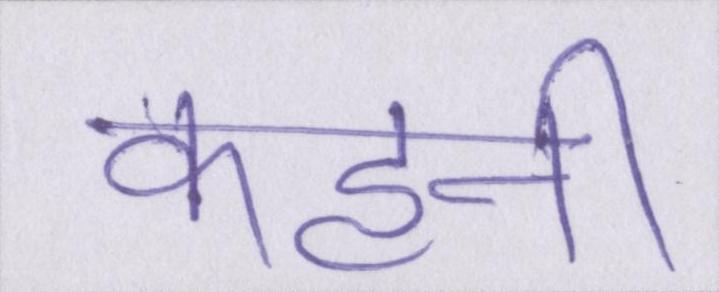
कहनी